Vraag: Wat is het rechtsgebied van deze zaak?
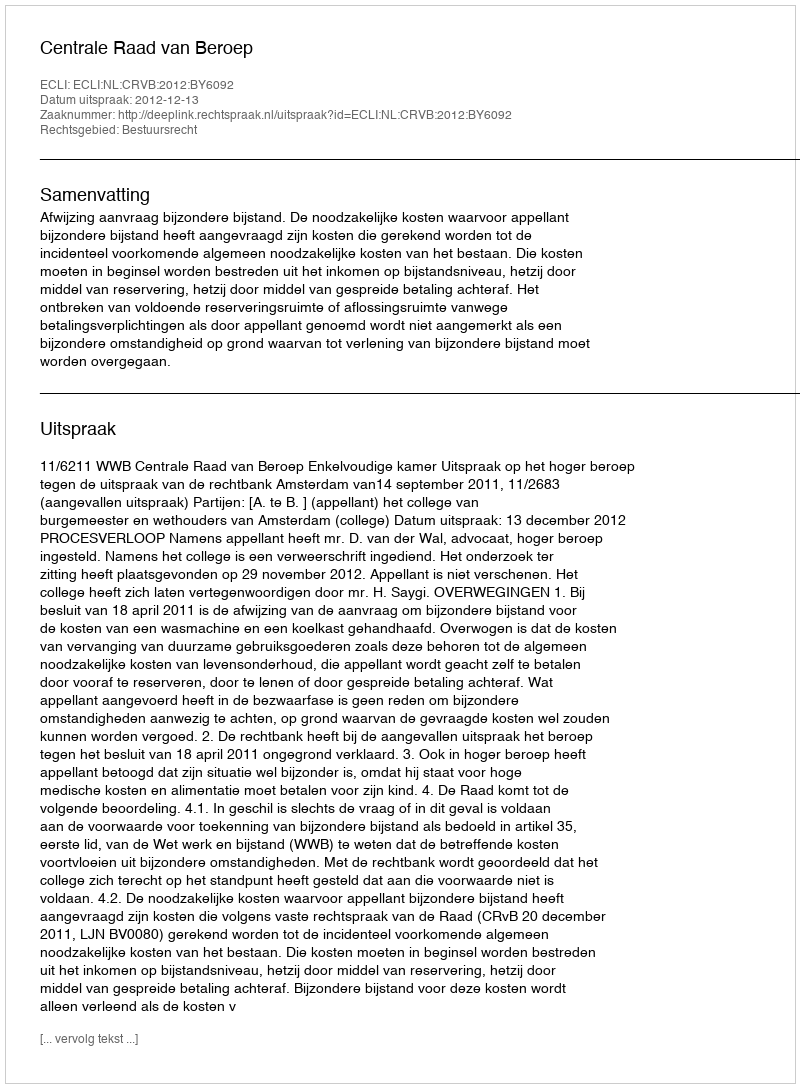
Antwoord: Bestuursrecht